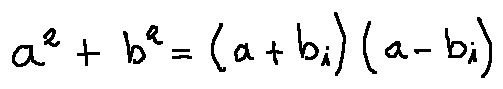
a ^ { 2 } + b ^ { 2 } = ( a + b i ) ( a - b i )